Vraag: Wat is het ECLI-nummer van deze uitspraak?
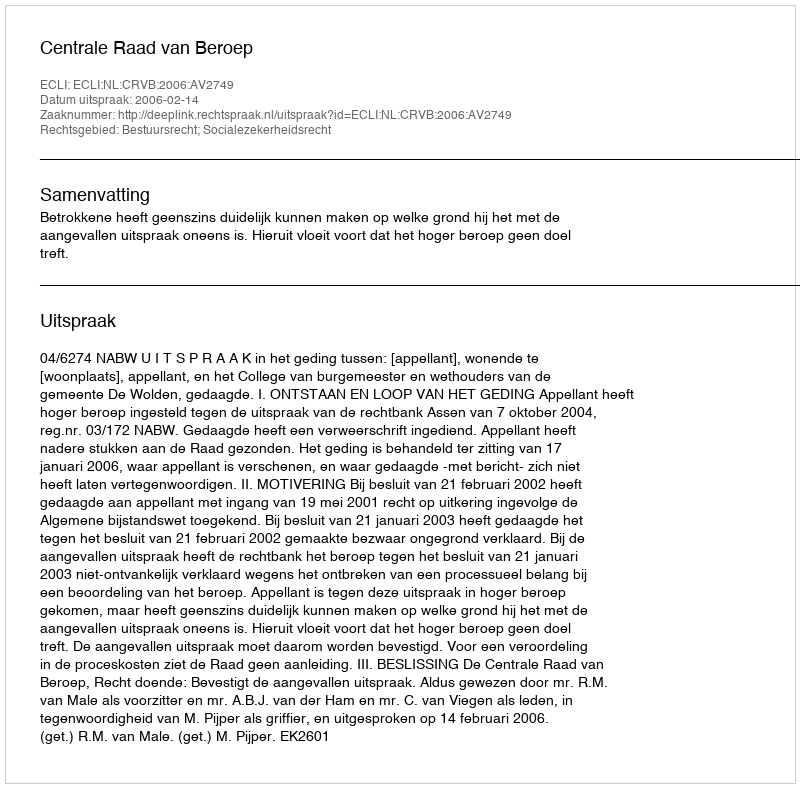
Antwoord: ECLI:NL:CRVB:2006:AV2749